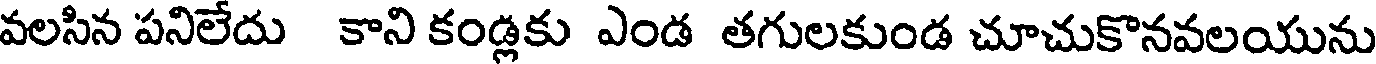
వలసిన పనిలేదు కాని కండ్లకు ఎండ తగులకుండ చూచుకొనవలయును